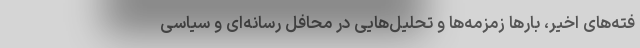
فته‌های اخیر، بارها زمزمه‌ها و تحلیل‌هایی در محافل رسانه‌ای و سیاسی